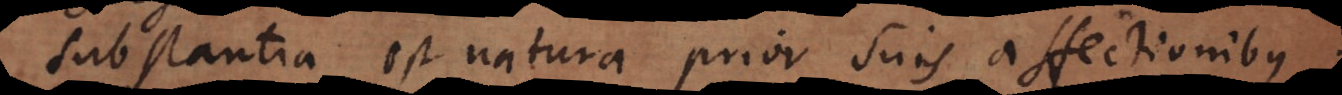
Substantia est natura prior suis affectionibus,